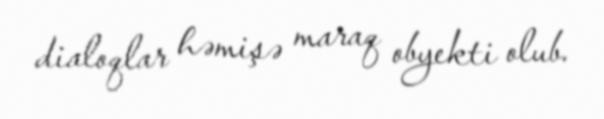
dialoqlar həmişə maraq obyekti olub.